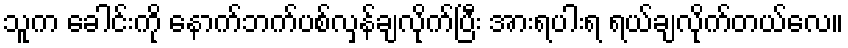
သူက ခေါင်းကို နောက်ဘက်ပစ်လှန်ချလိုက်ပြီး အားရပါးရ ရယ်ချလိုက်တယ်လေ။